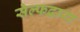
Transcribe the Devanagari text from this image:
सेल्फद्वारा